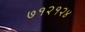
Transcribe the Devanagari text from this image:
७१२१२४